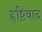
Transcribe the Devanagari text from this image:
हृष्टिवाद